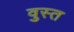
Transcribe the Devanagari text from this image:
वुस्त